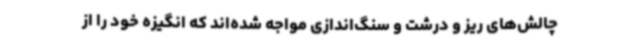
چالش‌های ریز و درشت و سنگ‌اندازی مواجه شده‌اند که انگیزه خود را از